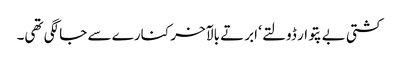
کشتی بے پتوار ڈولتے ‘ ابرتے بالآخر کنارے سے جا لگی تھی۔